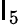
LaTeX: \mathsf{I}_{5}